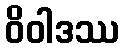
ဝိဝါဒဿ